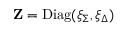
\mathbf { Z } = \mathrm { D i a g } ( \xi _ { \Sigma } , \xi _ { \Delta } )